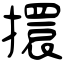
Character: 擐